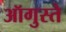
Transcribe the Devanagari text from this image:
ऑगुस्ते